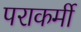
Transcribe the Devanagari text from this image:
पराकर्मी